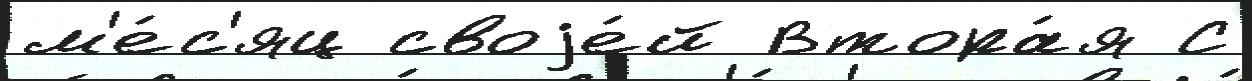
м'е́с'яц своjе́й Втора́я С